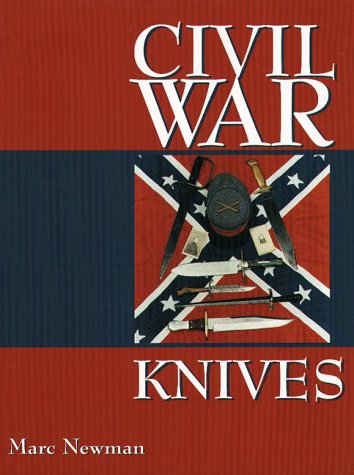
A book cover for Civil War Knives; Marc Newman; Crafts, Hobbies & Home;